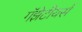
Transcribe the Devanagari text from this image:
गॅझेटीयर्स